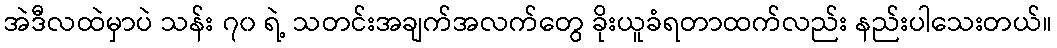
အဲဒီလထဲမှာပဲ သန်း ၇၀ ရဲ့ သတင်းအချက်အလက်တွေ ခိုးယူခံရတာထက်လည်း နည်းပါသေးတယ်။